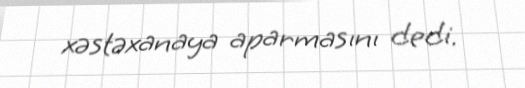
xəstəxanaya aparmasını dedi.